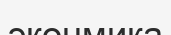
эконмика